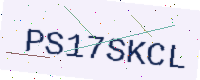
Text: PS17SKCL